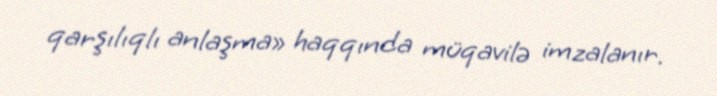
qarşılıqlı anlaşma» haqqında müqavilə imzalanır.